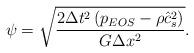
LaTeX: \begin{align*}\psi = \sqrt {\frac{{2\Delta {t^2}\left( {{p_{EOS}} - \rho \hat c_s^2} \right)}}{{G\Delta {x^2}}}} .\end{align*}